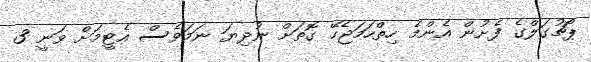
ޕޯޗުގަލްގެ ފެށުން އެންމެ ހިތްހަމަޖެހޭ ގޮތަށް ނުދިޔަ ނަމަވެސް އެޓީމަށް ވަނީ 3